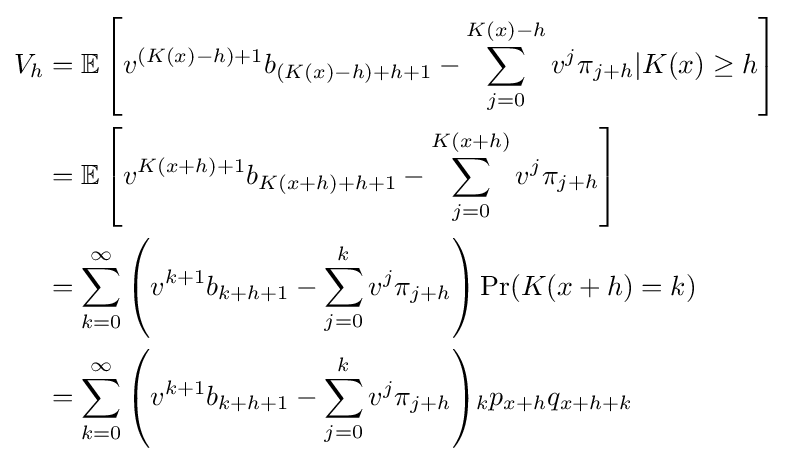
{\begin{aligned}V_{h}&=\mathbb {E} \left[v^{(K(x)-h)+1}b_{(K(x)-h)+h+1}-\sum _{j=0}^{K(x)-h}v^{j}\pi _{j+h}|K(x)\geq h\right]\\&=\mathbb {E} \left[v^{K(x+h)+1}b_{K(x+h)+h+1}-\sum _{j=0}^{K(x+h)}v^{j}\pi _{j+h}\right]\\&=\sum _{k=0}^{\infty }\left(v^{k+1}b_{k+h+1}-\sum _{j=0}^{k}v^{j}\pi _{j+h}\right)\mathrm {Pr} (K(x+h)=k)\\&={\sum _{k=0}^{\infty }\left(v^{k+1}b_{k+h+1}-\sum _{j=0}^{k}v^{j}\pi _{j+h}\right)}{_{k}p_{x+h}}q_{x+h+k}\end{aligned}}